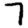
Digit: 7